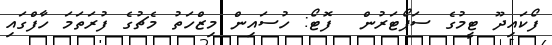
ފޯކައިދޫ ޓީމުގެ ސަޕޯޓަރުން  ފޮޓޯ: ހުސައިން މިޒްހަތު މެޗުގެ ފުރަތަމަ ހާފްގައި